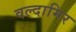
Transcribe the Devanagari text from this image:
वल्दामिर